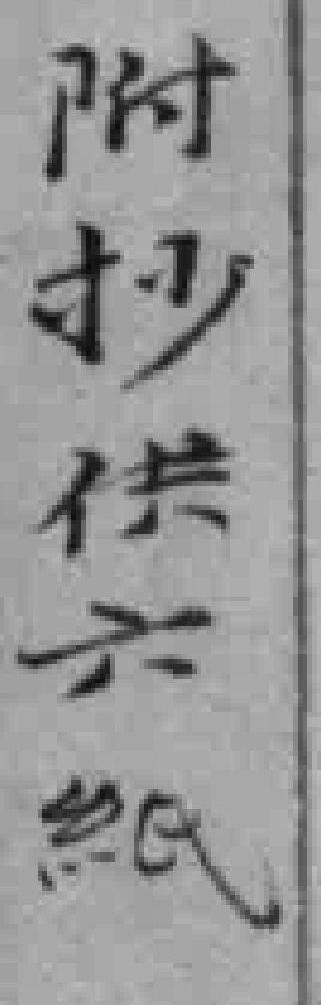
附抄供六紙